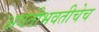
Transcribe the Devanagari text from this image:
अवतीभवतीचेच